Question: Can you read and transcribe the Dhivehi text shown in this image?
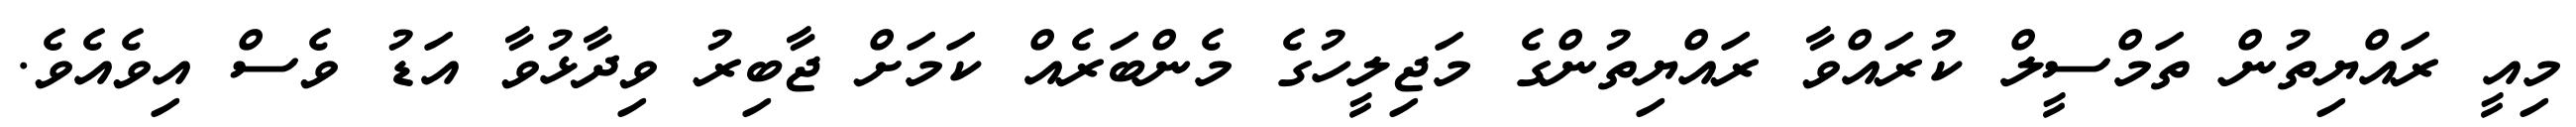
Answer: މިއީ ރައްޔިތުން ތަމްސީލް ކުރައްވާ ރައްޔިތުންގެ މަޖިލީހުގެ މެންބަރެއް ކަމަށް ޖާބިރު ވިދާޅުވާ އަޑު ވެސް އިވެއެވެ.